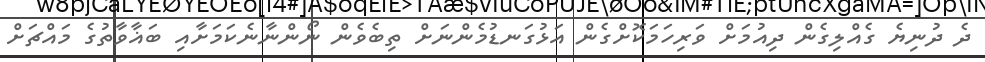
ދެ ދުނިޔެ ގެއްލިގެން ދިއުމަށް ވަރިހަމަކޮށްގެން އަޅުގަނޑުމެންނަށް ތިބެވެން ނޯންނާނެކަމަށާއި ބަޣާވާތުގެ މައްޗަށް